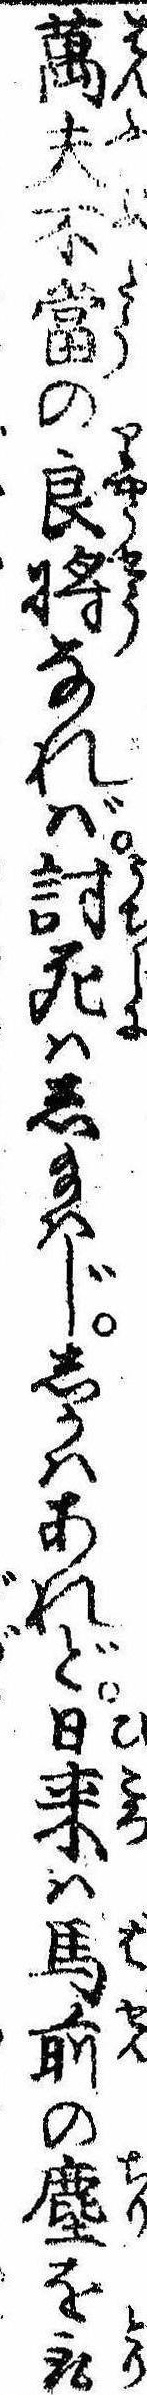
万夫不当の良将なれば討死はし給はじしかはあれど日来は馬前の塵を取